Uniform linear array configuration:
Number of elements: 64
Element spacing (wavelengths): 0.75
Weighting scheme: hann
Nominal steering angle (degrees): -60
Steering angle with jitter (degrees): -59.449
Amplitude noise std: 0.05
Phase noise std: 0.05

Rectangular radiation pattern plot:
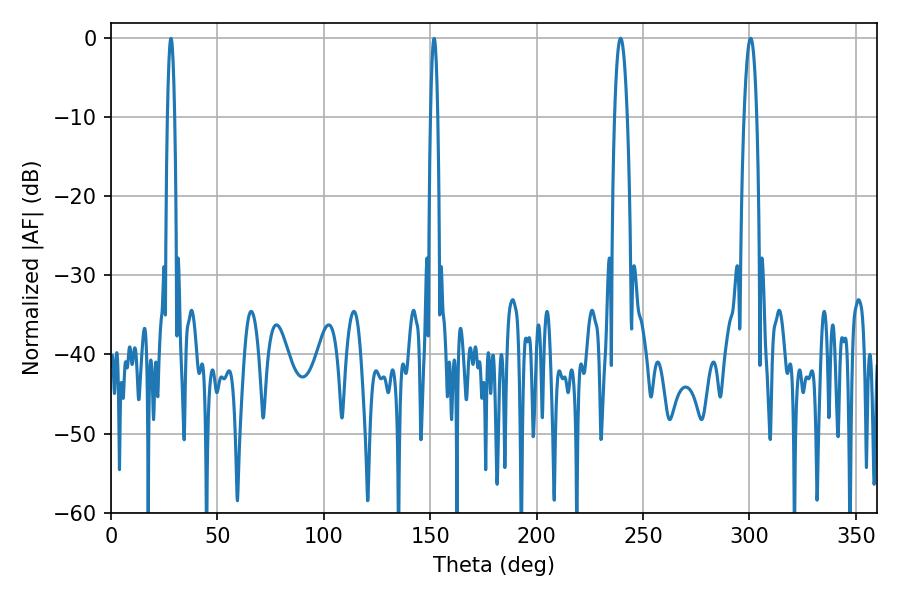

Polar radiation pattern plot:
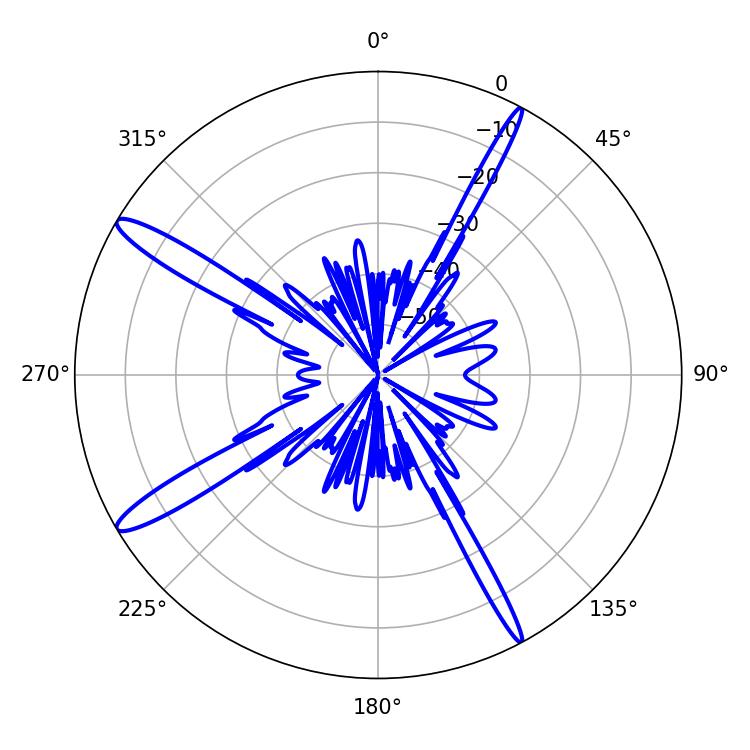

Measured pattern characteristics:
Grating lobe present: TRUE
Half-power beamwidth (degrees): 3.42
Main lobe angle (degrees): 239.4